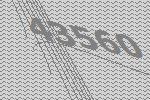
43560